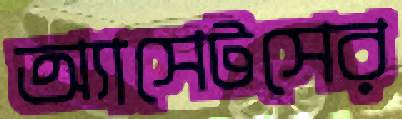
অ্যাসেটসের